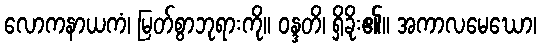
လောကနာယကံ၊ မြတ်စွာဘုရားကို။ ဝန္ဒတိ၊ ရှိခိုး၏။ အကာလမေဃော၊